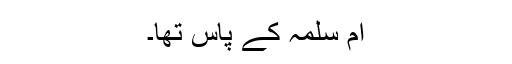
ام سلمہ کے پاس تھا۔